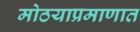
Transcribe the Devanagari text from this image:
मोठयाप्रमाणात